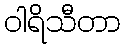
ဝါရိသီတာ